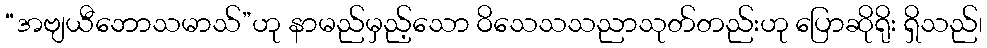
“အဗျယီဘောသမာသ်”ဟု နာမည်မှည့်သော ဝိသေသသညာသုတ်တည်းဟု ပြောဆိုရိုး ရှိသည်၊